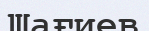
Шағиев